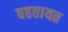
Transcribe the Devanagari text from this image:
बहतायत